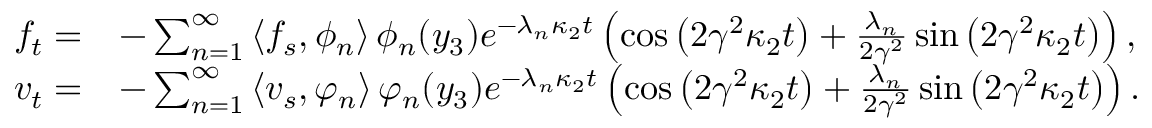
\begin{array} { r l } { f _ { t } = } & { - \sum _ { n = 1 } ^ { \infty } \left\langle f _ { s } , \phi _ { n } \right\rangle \phi _ { n } ( y _ { 3 } ) e ^ { - \lambda _ { n } \kappa _ { 2 } t } \left( \cos \left( 2 \gamma ^ { 2 } \kappa _ { 2 } t \right) + \frac { \lambda _ { n } } { 2 \gamma ^ { 2 } } \sin \left( 2 \gamma ^ { 2 } \kappa _ { 2 } t \right) \right) , } \\ { v _ { t } = } & { - \sum _ { n = 1 } ^ { \infty } \left\langle v _ { s } , \varphi _ { n } \right\rangle \varphi _ { n } ( y _ { 3 } ) e ^ { - \lambda _ { n } \kappa _ { 2 } t } \left( \cos \left( 2 \gamma ^ { 2 } \kappa _ { 2 } t \right) + \frac { \lambda _ { n } } { 2 \gamma ^ { 2 } } \sin \left( 2 \gamma ^ { 2 } \kappa _ { 2 } t \right) \right) . } \end{array}